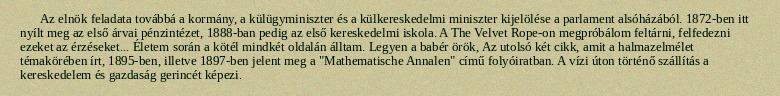
Az elnök feladata továbbá a kormány, a külügyminiszter és a külkereskedelmi miniszter kijelölése a parlament alsóházából. 1872-ben itt nyílt meg az első árvai pénzintézet, 1888-ban pedig az első kereskedelmi iskola. A The Velvet Rope-on megpróbálom feltárni, felfedezni ezeket az érzéseket... Életem során a kötél mindkét oldalán álltam. Legyen a babér örök, Az utolsó két cikk, amit a halmazelmélet témakörében írt, 1895-ben, illetve 1897-ben jelent meg a "Mathematische Annalen" című folyóiratban. A vízi úton történő szállítás a kereskedelem és gazdaság gerincét képezi.